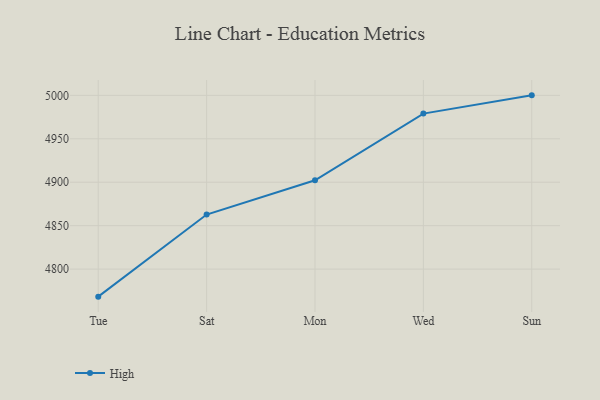
{"axis": {"x": "Day", "y": "Inventory Turnover"}, "legend": ["High"], "data": [{"x": "Tue", "y": 4768.3, "type": "High"}, {"x": "Sat", "y": 4862.8, "type": "High"}, {"x": "Mon", "y": 4902.2, "type": "High"}, {"x": "Wed", "y": 4979.0, "type": "High"}, {"x": "Sun", "y": 5000, "type": "High"}]}